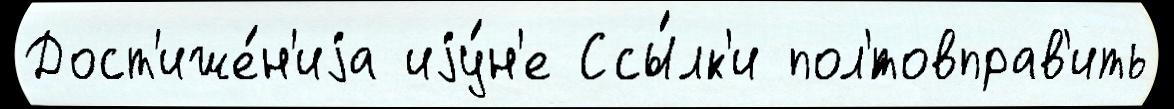
Дост'иже́н'иjа иjу́н'е Ссы́лк'и пол'́товправ'ить